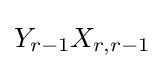
Y_{r-1}X_{r,r-1}